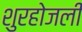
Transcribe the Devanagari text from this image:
शुरहोजली